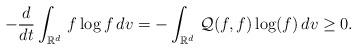
LaTeX: \begin{align*}-\frac{d}{dt}\int_{\mathbb R^d}\, f \log f \, dv= -\int_{\mathbb R^d}\, \mathcal Q(f,f) \log(f)\, dv\geq 0. \end{align*}